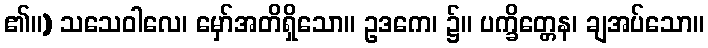
၏။) သသေဝါလေ၊ မှော်အတိရှိသော။ ဥဒကေ၊ ၌။ ပက္ခိတ္တေန၊ ချအပ်သော။